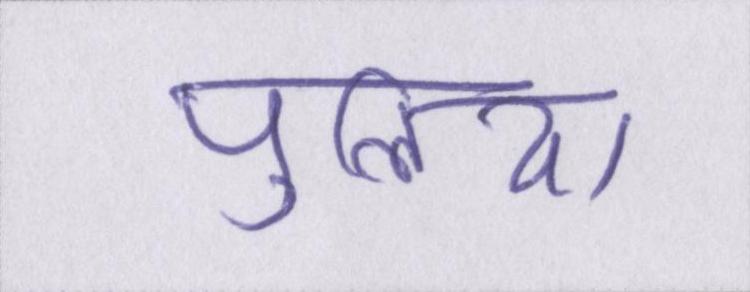
पुलिया